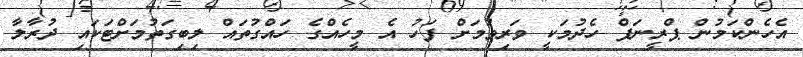
އެހެންކަމުން ޕްރީނަޕް ހެދުމަކީ ވަރިވުމަށް ފަހު އެ މީހެއްގެ ހައްގުތައް ލިބިގަތުމަށްޓަކައި ދުރާލާ